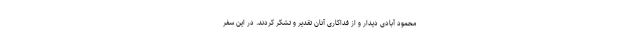
محمود آبادی دیدار و از فداکاری آنان تقدیر و تشکر کردند. در این سفر